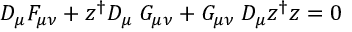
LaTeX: D _ { \mu } F _ { \mu \nu } + z ^ { \dagger } D _ { \mu } \: G _ { \mu \nu } + G _ { \mu \nu } \: D _ { \mu } z ^ { \dagger } z = 0